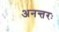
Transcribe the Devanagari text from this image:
अनन्तरः